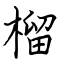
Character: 榴